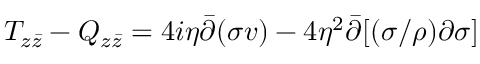
T _ { z \bar { z } } - Q _ { z \bar { z } } = 4 i \eta \bar { \partial } ( \sigma v ) - 4 \eta ^ { 2 } \bar { \partial } [ ( \sigma / \rho ) \partial \sigma ]